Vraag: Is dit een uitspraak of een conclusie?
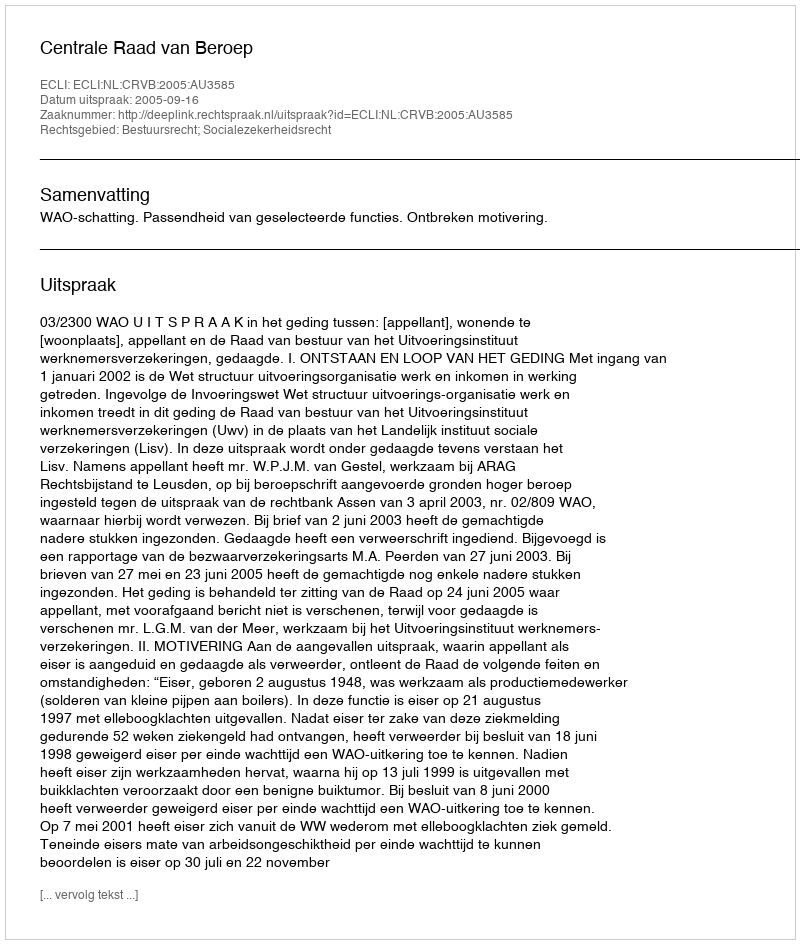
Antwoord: Uitspraak